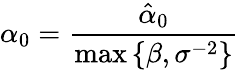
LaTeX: \alpha_{0}=\frac{\hat{\alpha}_{0}}{\operatorname*{max}\left\{ \beta,\sigma^{-2}\right\} }